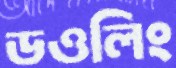
ডওলিং